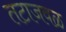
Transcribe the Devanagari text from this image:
तटाजवळ